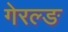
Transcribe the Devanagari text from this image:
गेरल्ङ